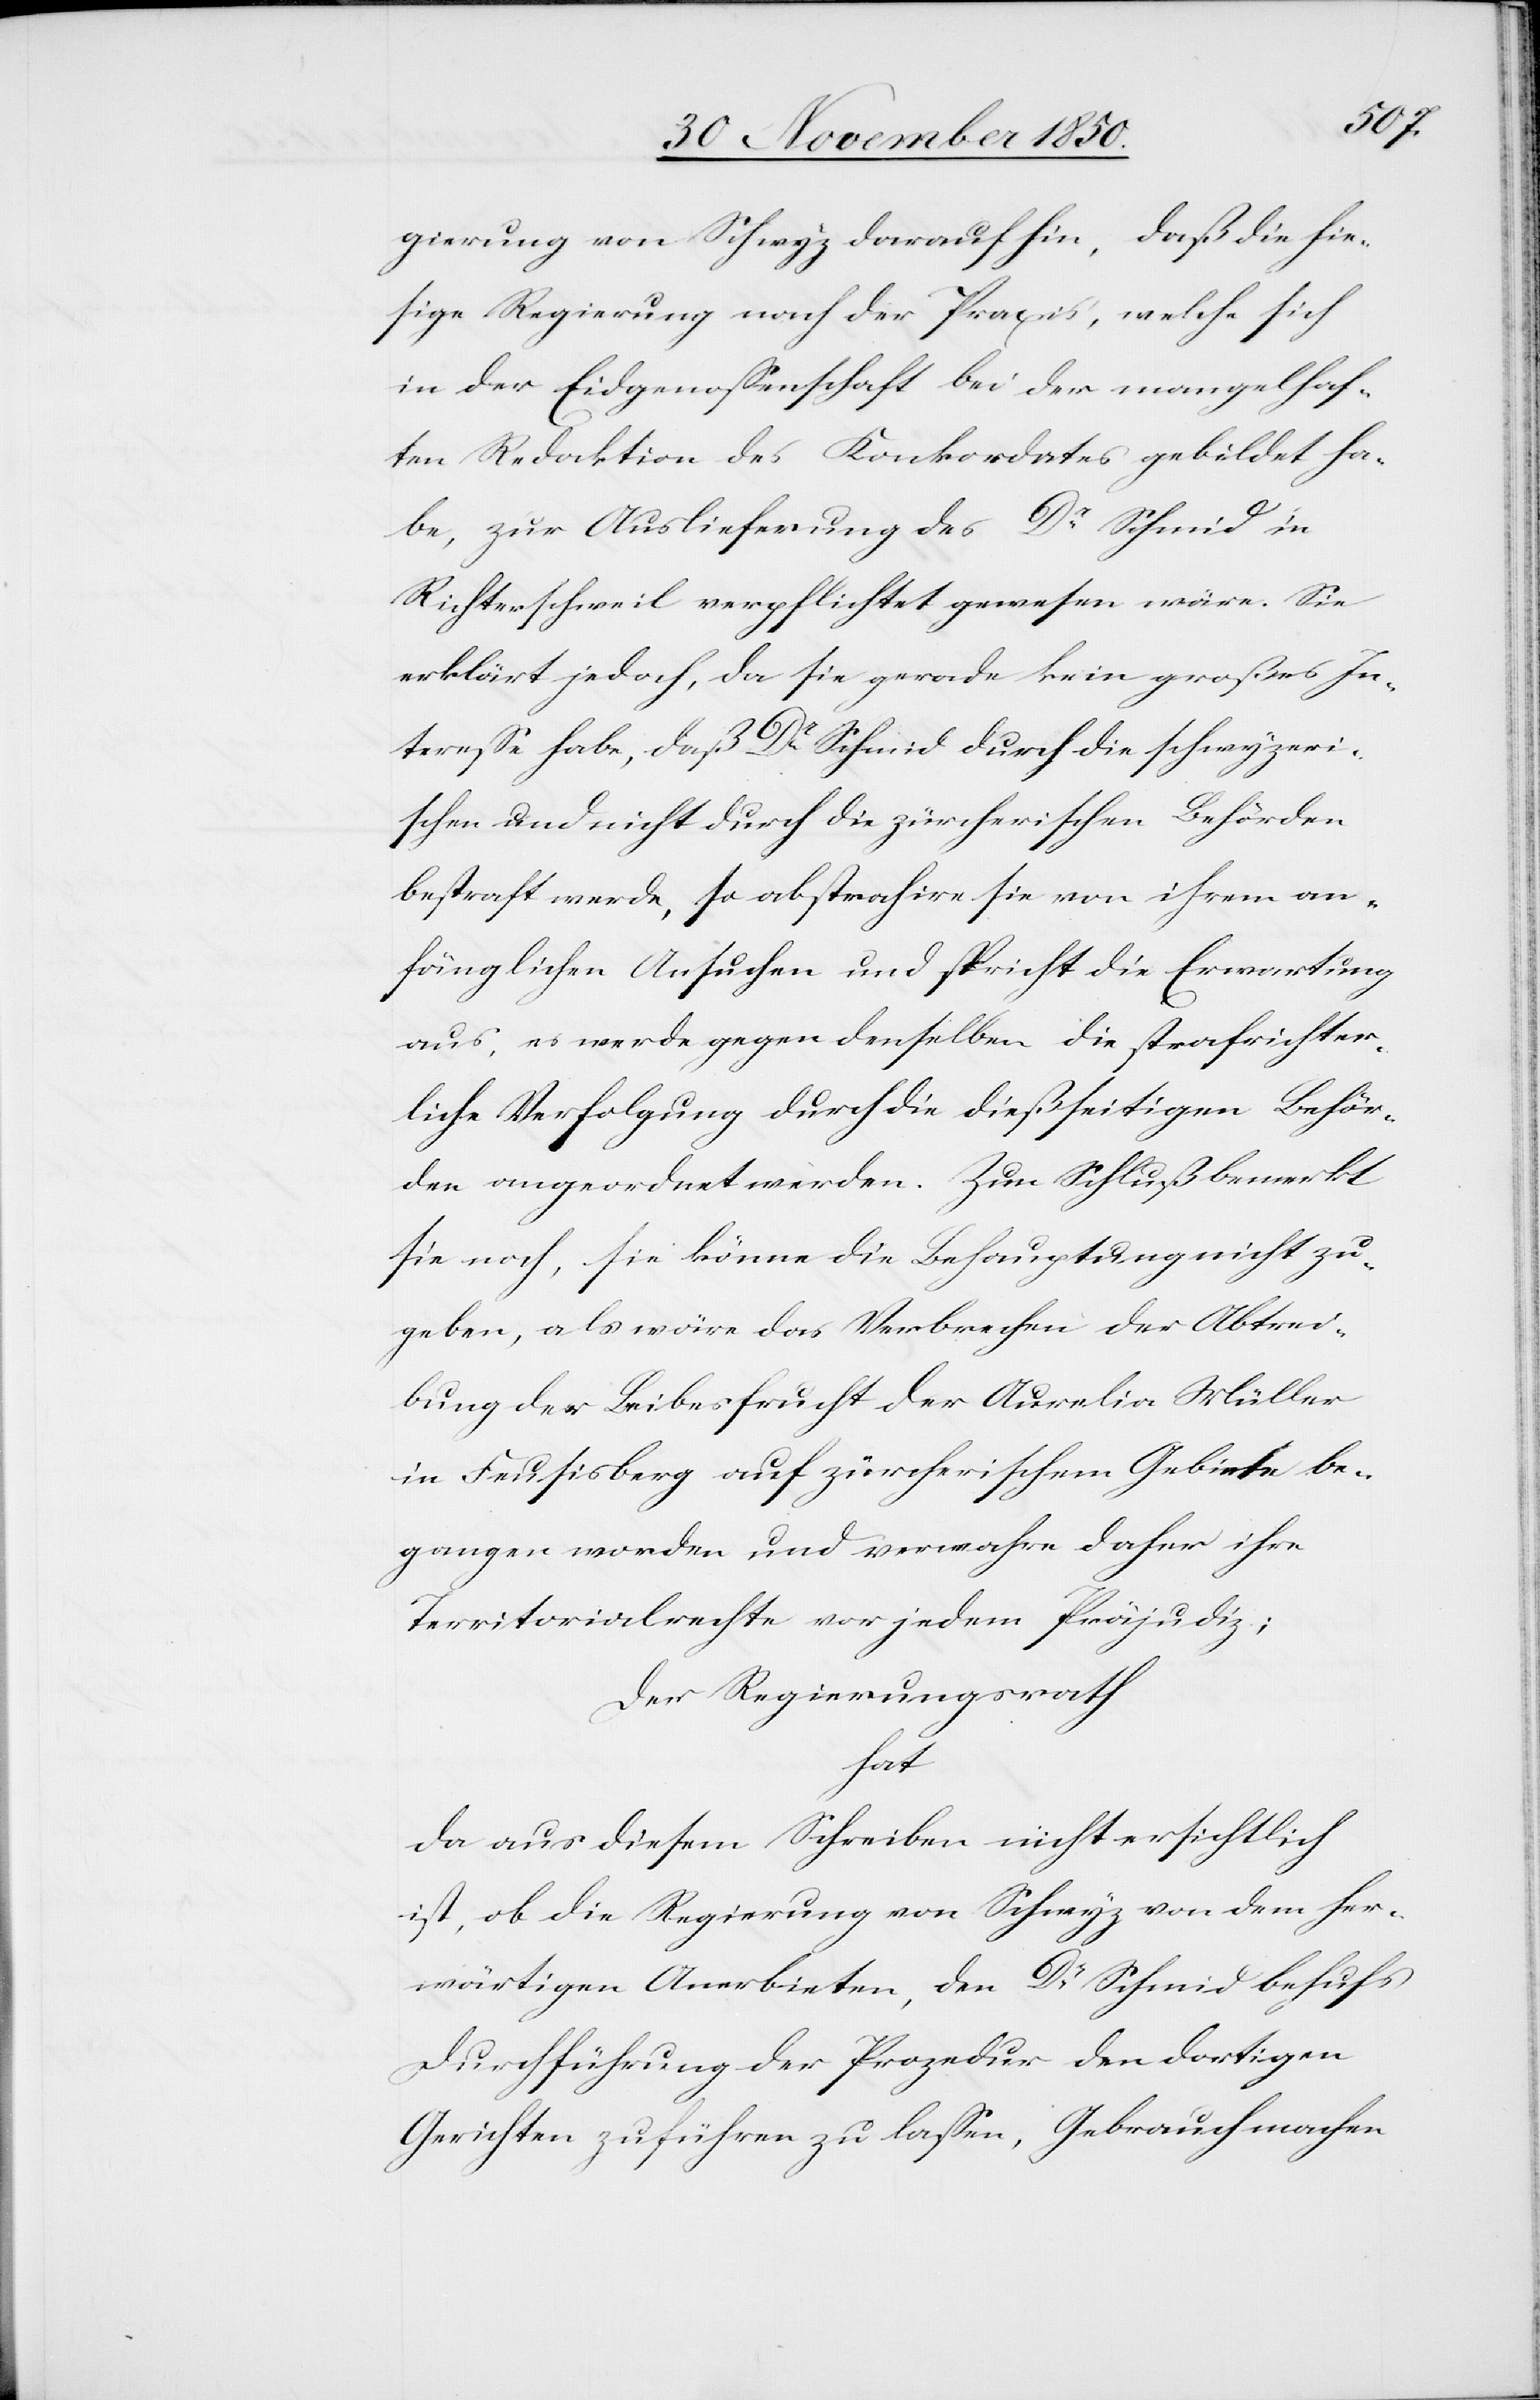
gierung von Schwyz darauf hin, daß die hie¬
sige Regierung nach der Praxis, welche sich
in der Eidgenossenschaft bei der mangelhaf¬
ten Redaktion des Konkordates gebildet ha¬
be, zur Auslieferung des Dr Schmid in
Richterschweil verpflichtet gewesen wäre. Sie
erklärt jedoch, da sie gerade kein großes In¬
teresse habe, daß Dr Schmid durch die schwyzeri¬
schen und nicht durch die zürcherischen Behörden
bestraft werde, so abstrahire sie von ihrem an¬
fänglichen Ansuchen und spricht die Erwartung
aus, es werde gegen denselben die strafrichter¬
liche Verfolgung durch die dießseitigen Behör¬
den angeordnet werden. Zum Schluß bemerkt
sie noch, sie könne die Behauptung nicht zu¬
geben, als wäre das Verbrechen der Abtrei¬
bung der Leibesfrucht der Aurelia Müller
in Feusisberg auf zürcherischem Gebiete be¬
gangen worden und verwahre daher ihre
Territorialrechte vor jedem Präjudiz;
Der Regierungsrath
hat
da aus diesem Schreiben nicht ersichtlich
ist, ob die Regierung von Schwyz von dem her¬
wärtigen Anerbieten, den Dr Schmid behufs
Durchführung der Prozedur den dortigen
Gerichten zuführen zu lassen, Gebrauch machen